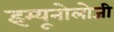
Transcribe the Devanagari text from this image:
इम्यूनोलोजी